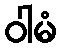
ဝါမံ